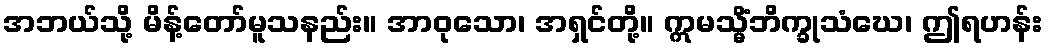
အဘယ်သို့ မိန့်တော်မူသနည်း။ အာဝုသော၊ အရှင်တို့။ ဣမသ္မိံဘိက္ခုသံဃေ၊ ဤရဟန်း